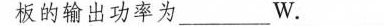
板的输出功率为_______W。